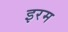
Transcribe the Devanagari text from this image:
इरम